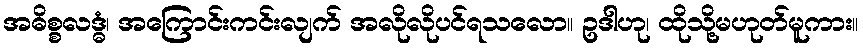
အဓိစ္စလဒ္ဓံ၊ အကြောင်းကင်းလျက် အလိုလိုပင်ရသလော။ ဥဒါဟု၊ ထိုသို့မဟုတ်မူကား။